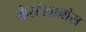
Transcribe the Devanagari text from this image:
कैस्टेलानोस